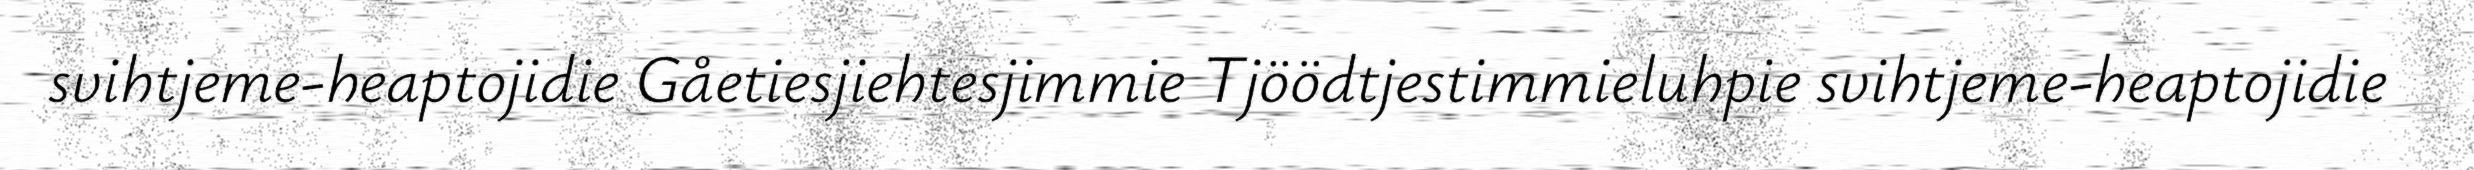
svihtjeme-heaptojidie Gåetiesjiehtesjimmie Tjöödtjestimmieluhpie svihtjeme-heaptojidie